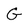
Character: G